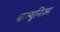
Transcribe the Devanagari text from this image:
कम्यूनिज़्म